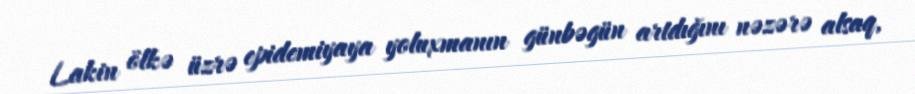
Lakin ölkə üzrə epidemiyaya yoluxmanın günbəgün artdığını nəzərə alsaq,